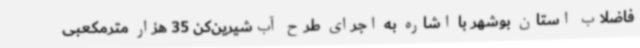
فاضلاب استان بوشهر با اشاره به اجرای طرح آب‌شیرین‌کن 35 هزار مترمکعبی